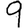
Digit: 9